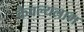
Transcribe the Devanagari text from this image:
कैवल्यलाभ